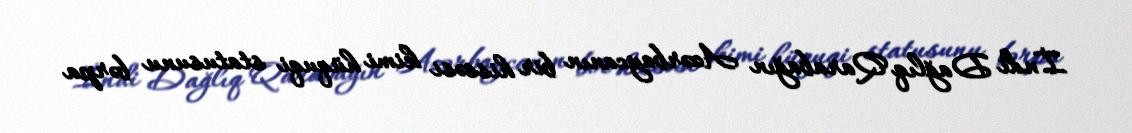
İndi Dağlıq Qarabağın Azərbaycanın bir hissəsi kimi hüquqi statusunu bərpa